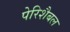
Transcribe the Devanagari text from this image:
पेरिशैबल